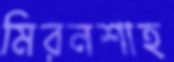
মিরনশাহ